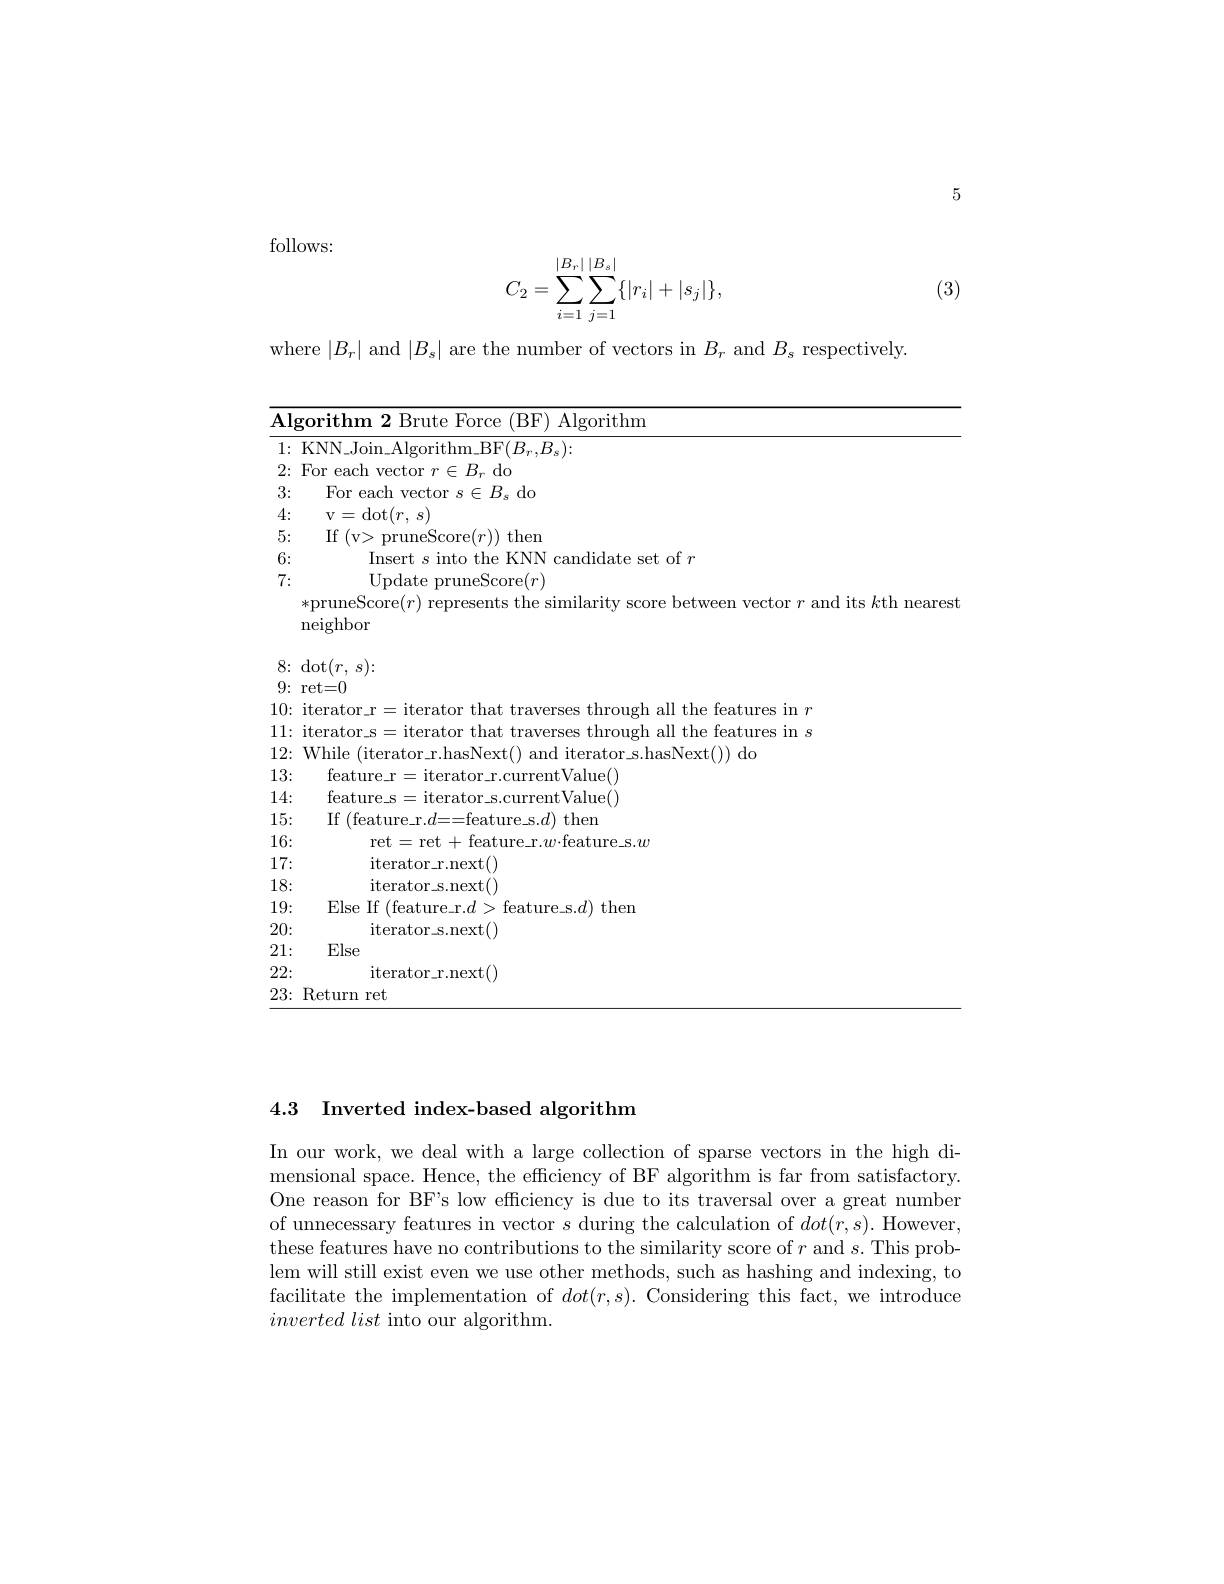
5

follows:
$$C_2=\sum\limits_{i=1}^{|B_r|}\sum\limits_{j=1}^{|B_s|}\{|r_i|+|s_j|\},$$
(3)

where $|B_r|$ and $|B_s|$ are the number of vectors in $B_r$ and $B_s$ respectively.

<table>
	<tbody>
		<tr>
			<td>$\overline{\mathbf{Al}_{\xi}}$ </td>
			<td>orithm 2 Brute Force 、1 (BF) Algorithm</td>
		</tr>
		<tr>
			<td>1: $w$ </td>
			<td>KNN $\operatorname{lgorithm\_BF}(B_{r},B_{s})\colon$</td>
		</tr>
		<tr>
			<td>2:</td>
			<td>For each vector $r\in B_r$ do</td>
		</tr>
		<tr>
			<td>3: 1</td>
			<td>For each vector $s\in B_s$ do</td>
		</tr>
		<tr>
			<td>4:</td>
			<td>v= dot$( r$, $s)$</td>
		</tr>
		<tr>
			<td>5:</td>
			<td>$\operatorname{If}\left(\mathrm{v}\right>$ >pruneScore$(r))$then</td>
		</tr>
		<tr>
			<td>6:</td>
			<td>Insert s into the $\square KNN$ $1f$ candidate set of $r$</td>
		</tr>
		<tr>
			<td>7: $w$</td>
			<td>Update pruneScore$( r)$</td>
		</tr>
		<tr>
			<td> </td>
			<td>*pruneScore$(r)$ represents the similarity score between vector $r$ and its $k$th nearest neighbor</td>
		</tr>
		<tr>
			<td>8:</td>
			<td> </td>
		</tr>
		<tr>
			<td>0</td>
			<td>0 rat</td>
		</tr>
		<tr>
			<td>11 1</td>
			<td> </td>
		</tr>
		<tr>
			<td>11: </td>
			<td> </td>
		</tr>
		<tr>
			<td>1 </td>
			<td>$d$,</td>
		</tr>
		<tr>
			<td>13: </td>
			<td>feature r ${\mathrm{urrentValue}}()$</td>
		</tr>
		<tr>
			<td>14:</td>
			<td>feature$\_$s iterator$\_$s. currentValue( ) </td>
		</tr>
		<tr>
			<td>15: 1 1 1 1 4 1 1 1</td>
			<td>If (feature\_r.$d==$feature\_s.$d)$ then</td>
		</tr>
		<tr>
			<td>16:</td>
			<td>ret= ret+ $-f$ feature_r.$w\cdotp$feature_s.$w$</td>
		</tr>
		<tr>
			<td>17:</td>
			<td>$\operatorname{iterator\_r.next}()$</td>
		</tr>
		<tr>
			<td>18:</td>
			<td>$\operatorname{iterator\_s.next}()$</td>
		</tr>
		<tr>
			<td>19:</td>
			<td>Flse If ( feat $\mathop{\mathrm{feature\_s.}}d)\mathop{\mathrm{then}}$</td>
		</tr>
		<tr>
			<td>20:</td>
			<td>iterator s.next()</td>
		</tr>
		<tr>
			<td>21:</td>
			<td>Else</td>
		</tr>
		<tr>
			<td>22:</td>
			<td>$\operatorname{iterator\_r.next}()$</td>
		</tr>
		<tr>
			<td>23:</td>
			<td>Return ret</td>
		</tr>
	</tbody>
</table>

### 4.3 Inverted index-based algorithm

In our work, we deal with a large collection of sparse vectors in the high dimensional space. Hence, the efficiency of BF algorithm is far from satisfactory. One reason for BF's low efficiency is due to its traversal over a great number of unnecessary features in vector $s$ during the calculation of $dot(r,s).$ However, these features have no contributions to the similarity score of $r$ and $s.$This problem will still exist even we use other methods, such as hashing and indexing, to facilitate the implementation of $dot(r,s).$ Considering this fact, we introduce $inverted\textit{list into our algorithm}.$